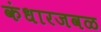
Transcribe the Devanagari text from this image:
कंधारजवळ